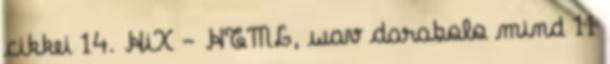
cikkei 14. HiX - HTML, wav darabolo mind 11